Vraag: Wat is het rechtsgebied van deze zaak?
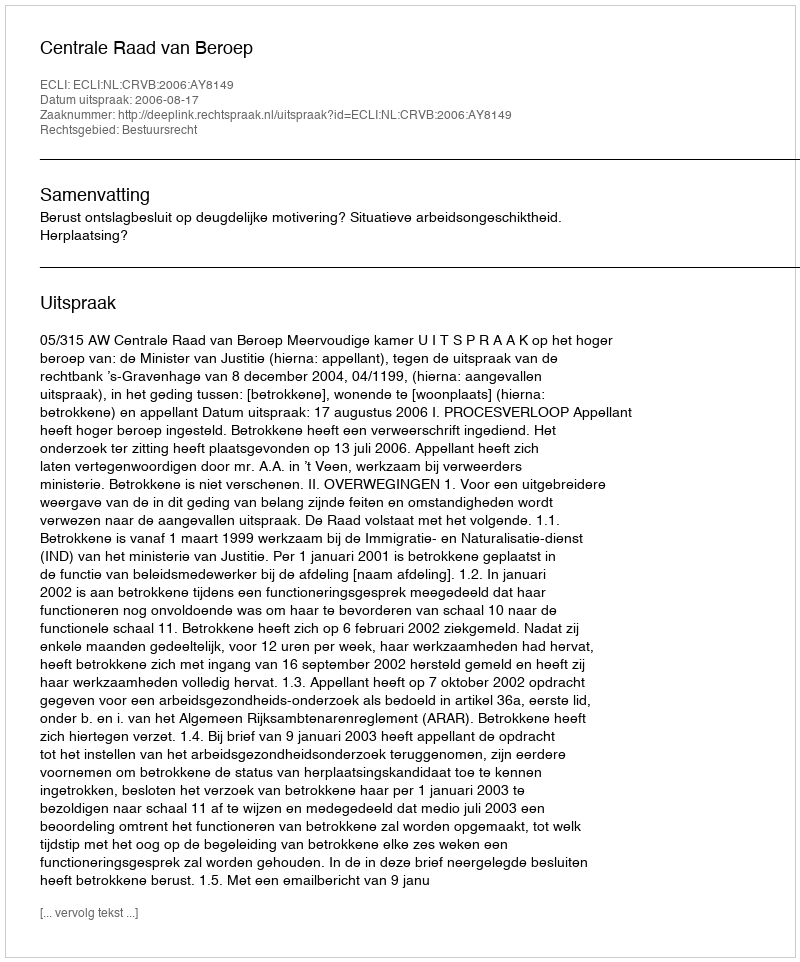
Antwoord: Bestuursrecht